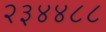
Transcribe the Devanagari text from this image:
२३४४८८